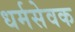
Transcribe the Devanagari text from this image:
धर्मसेवक